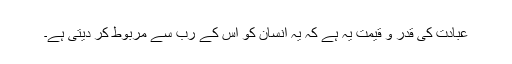
عبادت کی قدر و قیمت یہ ہے کہ یہ انسان کو اس کے رب سے مربوط کر دیتی ہے۔